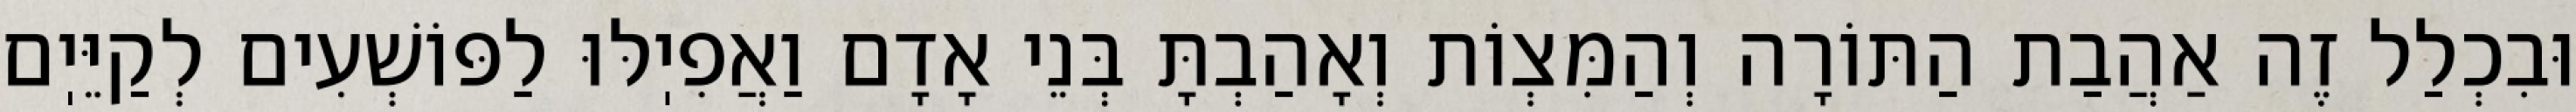
וּבִכְלַל זֶה אַהֲבַת הַתּוֹרָה וְהַמִּצְוֹת וְאָהַבְתָּ בְּנֵי אָדָם וַאֲפִיֽלּוּ לַפּוֹשְׁעִים לְקַיֵּיֽם